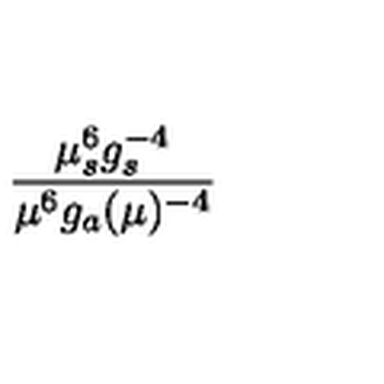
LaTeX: { \frac { \mu _ { s } ^ { 6 } g _ { s } ^ { - 4 } } { \mu ^ { 6 } g _ { a } ( \mu ) ^ { - 4 } } }